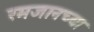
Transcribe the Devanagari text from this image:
रमजानच्या